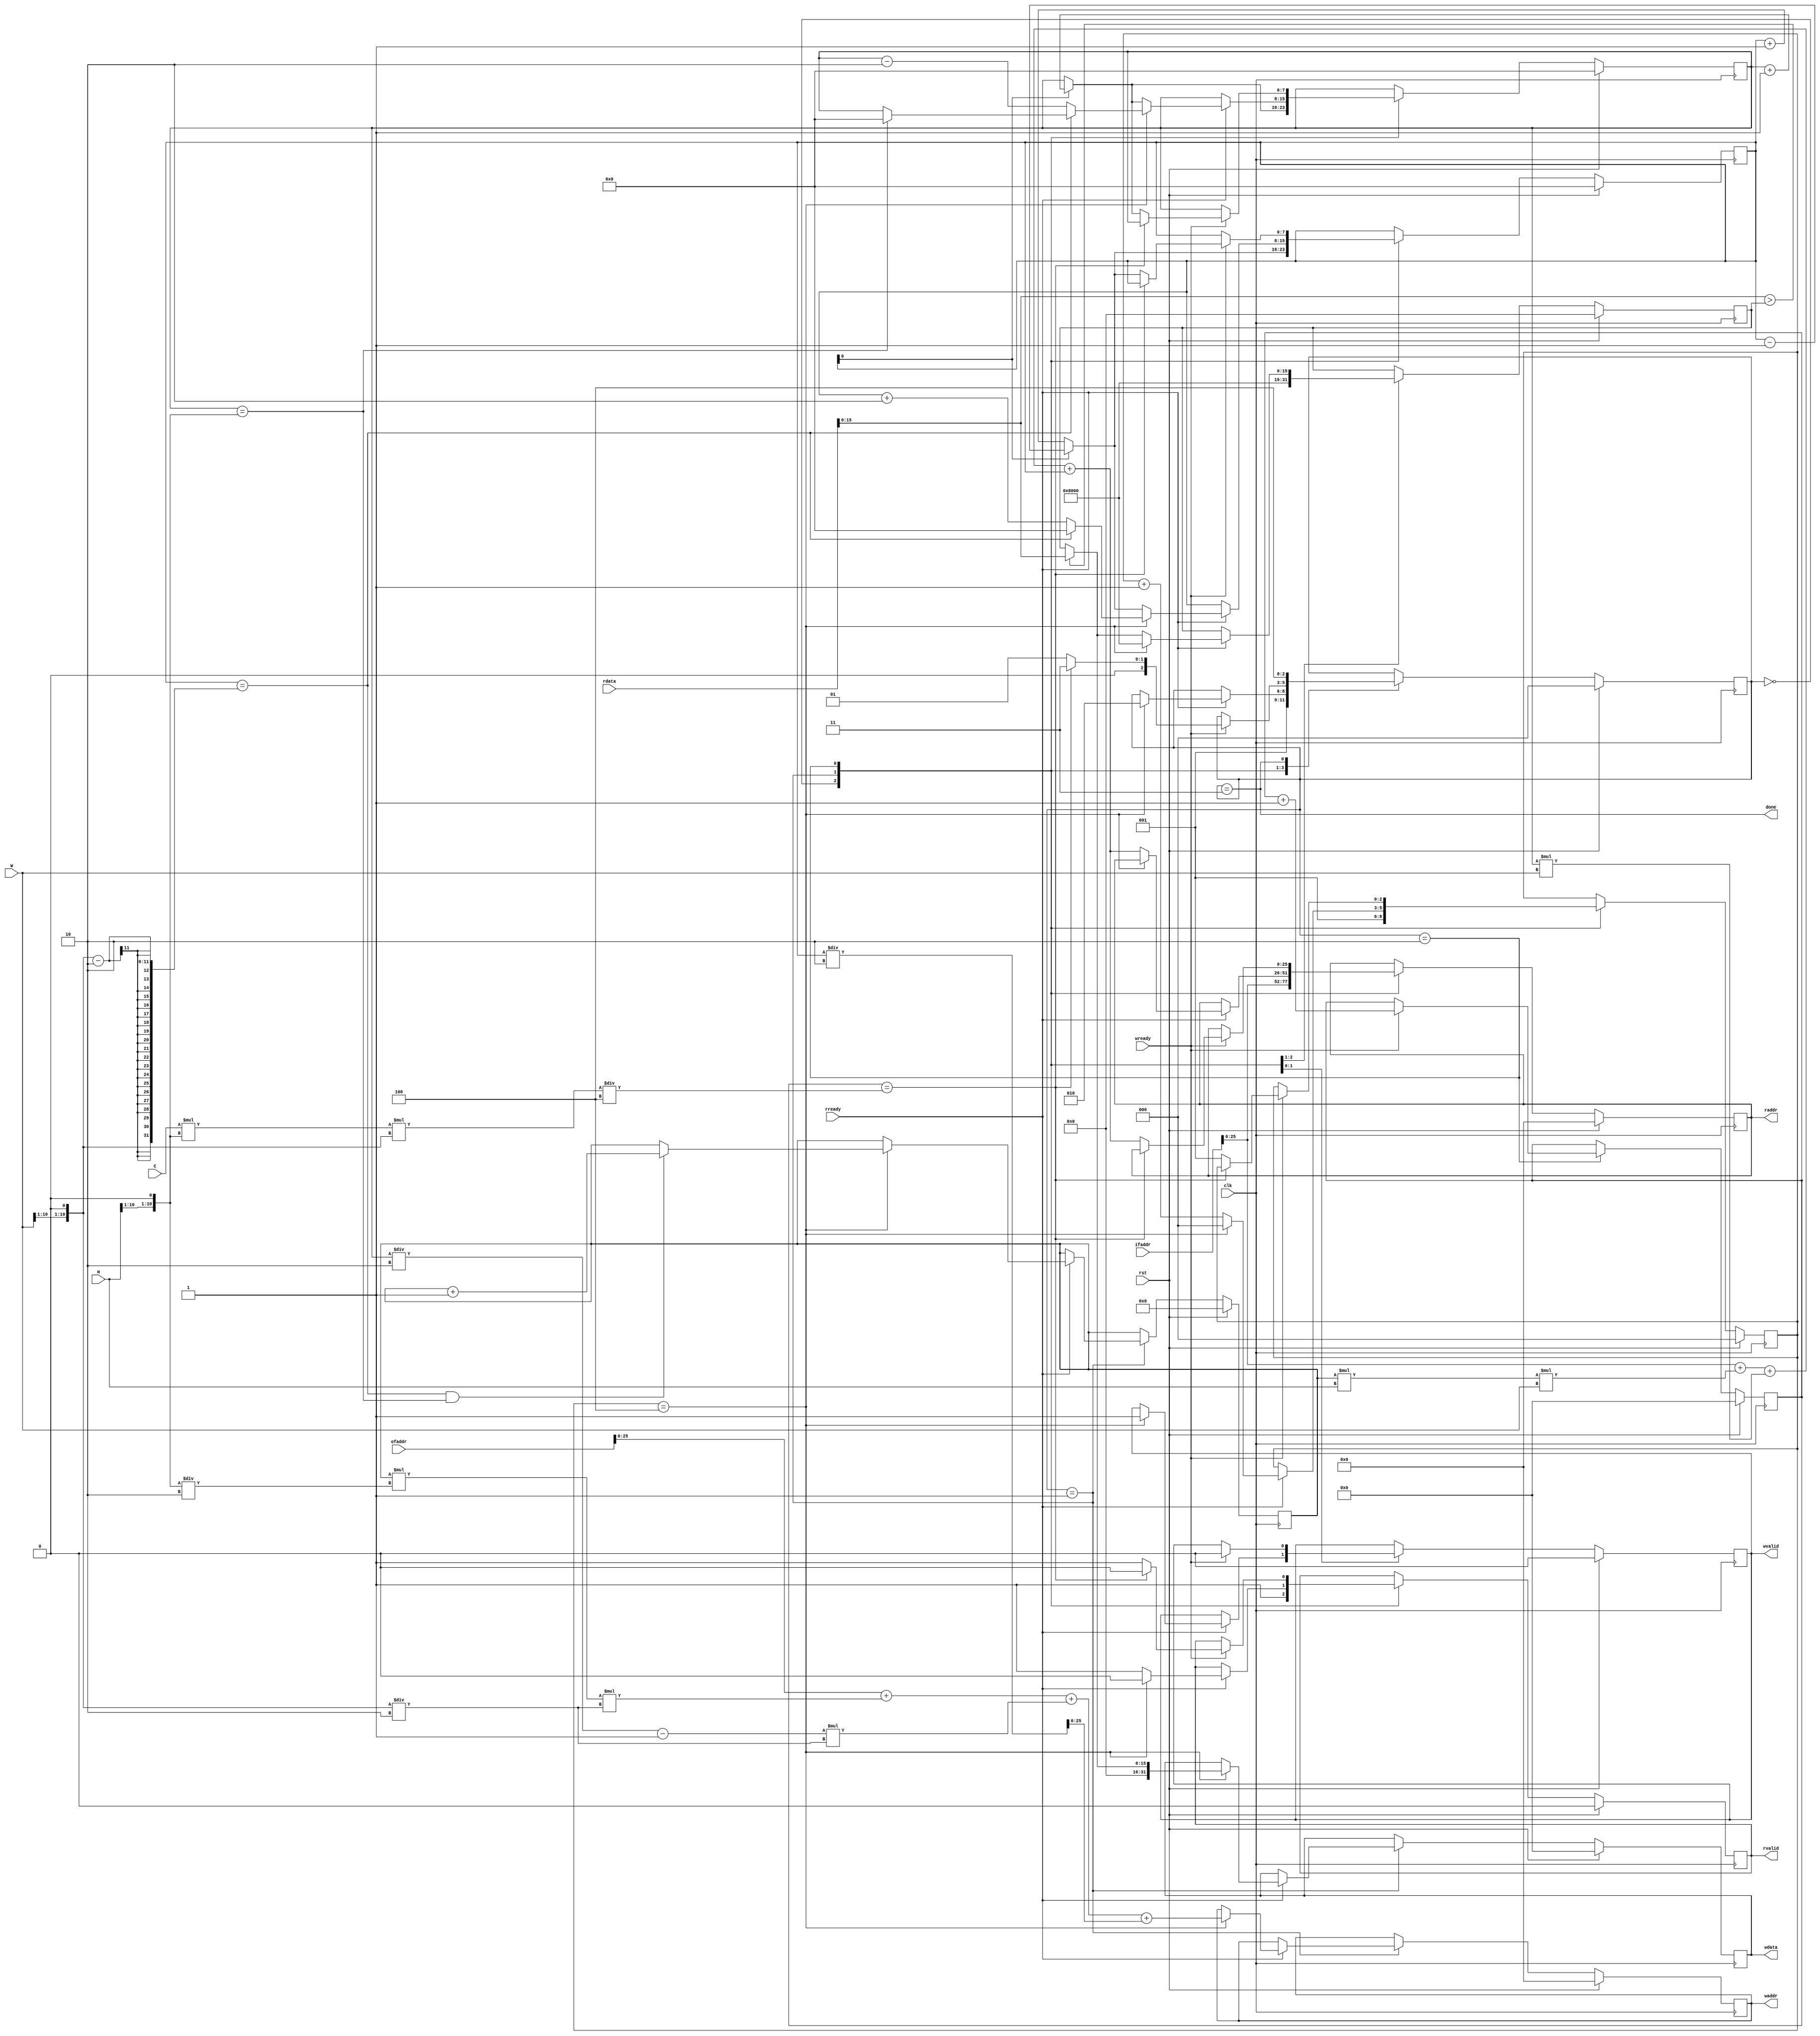
module MPDataLoader (
    input         clk,
    input         rst,
// layer-wise signals
    input  [10:0] C,
    input  [10:0] H,
    input  [10:0] W,
    input  [26:0] ifaddr,
    input  [26:0] ofaddr,
// external memory interface
    output        wvalid,
    input         wready,
    output [25:0] waddr,
    output [31:0] wdata,
    output        rvalid,
    input         rready,
    output [25:0] raddr,
    input  [31:0] rdata,
// decoder control signals
    output        done
);

// states
    reg   [2:0] state, state_next;
    parameter S_IDLE = 0;
    parameter S_LIF  = 1;
    parameter S_SOF  = 2;
    parameter S_DONE = 3;
    parameter S_END  = 4;

// external memory interface
    reg  [25:0] waddr_r, waddr_w;
    reg  [25:0] raddr_r, raddr_w;
    reg         wvalid_r, wvalid_w;
    reg         rvalid_r, rvalid_w;
    reg  [31:0] wdata_r, wdata_w;
    reg         waiting_r, waiting_w;
    assign waddr = waddr_r;
    assign raddr = raddr_r;
    assign wvalid = wvalid_r;
    assign rvalid = rvalid_r;
    assign wdata = wdata_r;

// input feature index counters
    reg   [7:0] h_w, h_r;
    reg   [7:0] w_w, w_r;
    reg  [10:0] c_w, c_r;
    reg  [31:0] cnt_r, cnt_w;
    reg   [2:0] mpid_w, mpid_r;

// max pooling utility signals
    wire [10:0] Hcrop;
    wire [10:0] Wcrop;
    assign Hcrop = {H[10:1], 1'b0};
    assign Wcrop = {W[10:1], 1'b0};
    reg  [15:0] max_r, max_w;

// decoder control signals
    assign done = state == S_DONE;

    always @ (*) begin
        cnt_w = cnt_r;
        waddr_w = waddr_r;
        raddr_w = raddr_r;
        wvalid_w = wvalid_r;
        rvalid_w = rvalid_r;
        wdata_w = wdata_r;
        waiting_w = waiting_r;
        h_w = h_r;
        w_w = w_r;
        c_w = c_r;
        max_w = max_r;
        mpid_w = mpid_r;
        state_next = state;

        case(state)
            // S_IDLE:
            //      after rst, automatically start reading input feature (S_LIF)
            S_IDLE: begin
                rvalid_w = 1'b1;
                raddr_w = ifaddr;
                w_w = w_r[0] ? w_r - 1 : w_r + 1;
                h_w = w_r[0] ? h_r + 1 : h_r;
                max_w = {1'b1, 15'b0};
                mpid_w = 1;
                state_next = S_LIF;
            end
            // S_LIF:
            //      read in 4 input features, find the max value, 
            //      then write to output feature (S_SOF)
            S_LIF: begin
                if (rready) begin
                    if ($signed(rdata[15:0]) > $signed(max_r)) begin
                        max_w = rdata;
                    end

                    if (mpid_r == 4) begin
                        rvalid_w = 1'b0;
                        wvalid_w = 1'b1;
                        waddr_w = ofaddr + c_r * (Hcrop / 2) * (Wcrop / 2) + (h_r / 2 - 1) * (Wcrop / 2) + (w_r / 2);
                        w_w = (w_r == Wcrop - 2) ? 0 : w_r + 2;
                        h_w = (w_r == Wcrop - 2) ? ((h_r == Hcrop) ? 0 : h_r) : h_r - 2;
                        c_w = ((w_r == Wcrop - 2) && (h_r == Hcrop )) ? c_r + 1 : c_r;
                        wdata_w = {16'b0, max_w};
                        max_w = {1'b1, 15'b0};
                        mpid_w = 0;
                        state_next = S_SOF;
                    end
                    else begin
                        rvalid_w = 1'b1;
                        raddr_w = ifaddr + c_r * H * W + h_r * W + w_r;

                        w_w = w_r[0] ? w_r - 1 : w_r + 1;
                        h_w = w_r[0] ? h_r + 1 : h_r;
                        mpid_w = mpid_r + 1;
                    end
                end
            end
            // S_SOF:
            //      write output features, 
            //      repeat S_LIF and S_SOF until all output features are written
            S_SOF: begin 
                if (wready) begin
                    wvalid_w = 1'b0;
                    cnt_w = cnt_r + 1;
                    if (cnt_r == C * Hcrop * Wcrop / 4) begin
                        rvalid_w = 1'b0;
                        state_next = S_DONE;
                    end
                    else begin
                        rvalid_w = 1'b1;
                        raddr_w = ifaddr + c_r * H * W + h_r * W + w_r;
                        w_w = w_r[0] ? w_r - 1 : w_r + 1;
                        h_w = w_r[0] ? h_r + 1 : h_r;
                        mpid_w = 1;
                        state_next = S_LIF;
                    end                    
                end
            end
            // S_DONE:
            //      max pooling operation done, send 'done' signal to decoder
            S_DONE: begin
                state_next = S_END;
            end
            // S_END:
            //      end trap, wait for rst
            S_END: begin
            end
        endcase
    end

    always @ (posedge clk) begin
        if (rst) begin
            cnt_r <= 0;
            waddr_r <= 0;
            raddr_r <= 0;
            wvalid_r <= 0;
            rvalid_r <= 0;
            wdata_r <= 0;
            waiting_r <= 0;
            h_r <= 0;
            w_r <= 0;
            c_r <= 0;
            max_r <= 0;
            mpid_r <= 0;
            state <= S_IDLE;
        end
        else begin
            cnt_r <= cnt_w;
            waddr_r <= waddr_w;
            raddr_r <= raddr_w;
            wvalid_r <= wvalid_w;
            rvalid_r <= rvalid_w;
            wdata_r <= wdata_w;
            waiting_r <= waiting_w;
            h_r <= h_w;
            w_r <= w_w;
            c_r <= c_w;
            max_r <= max_w;
            mpid_r <= mpid_w;
            state <= state_next;
        end
    end
endmodule